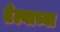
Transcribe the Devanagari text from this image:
तेल्याच्या